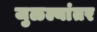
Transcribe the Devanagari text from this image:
जुळल्यांतर